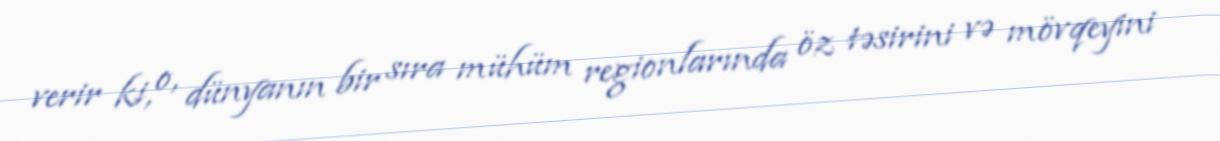
verir ki, o, dünyanın bir sıra mühüm regionlarında öz təsirini və mövqeyini